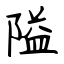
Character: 隘